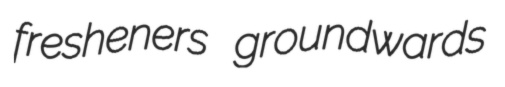
fresheners groundwards